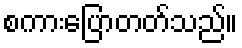
စကားပြောတတ်သည်။